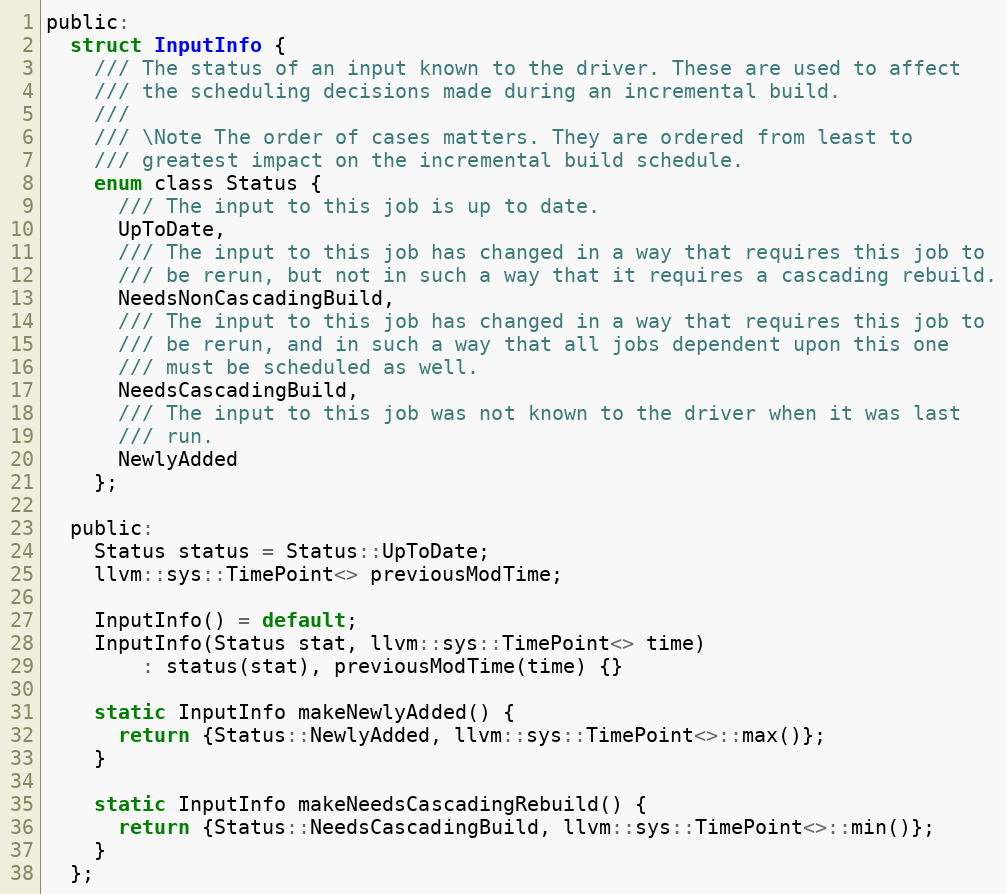
Language: C
public:
  struct InputInfo {
    /// The status of an input known to the driver. These are used to affect
    /// the scheduling decisions made during an incremental build.
    ///
    /// \Note The order of cases matters. They are ordered from least to
    /// greatest impact on the incremental build schedule.
    enum class Status {
      /// The input to this job is up to date.
      UpToDate,
      /// The input to this job has changed in a way that requires this job to
      /// be rerun, but not in such a way that it requires a cascading rebuild.
      NeedsNonCascadingBuild,
      /// The input to this job has changed in a way that requires this job to
      /// be rerun, and in such a way that all jobs dependent upon this one
      /// must be scheduled as well.
      NeedsCascadingBuild,
      /// The input to this job was not known to the driver when it was last
      /// run.
      NewlyAdded
    };

  public:
    Status status = Status::UpToDate;
    llvm::sys::TimePoint<> previousModTime;

    InputInfo() = default;
    InputInfo(Status stat, llvm::sys::TimePoint<> time)
        : status(stat), previousModTime(time) {}

    static InputInfo makeNewlyAdded() {
      return {Status::NewlyAdded, llvm::sys::TimePoint<>::max()};
    }

    static InputInfo makeNeedsCascadingRebuild() {
      return {Status::NeedsCascadingBuild, llvm::sys::TimePoint<>::min()};
    }
  };